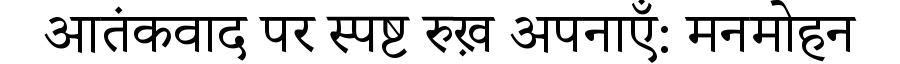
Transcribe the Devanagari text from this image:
आतंकवाद पर स्पष्ट रुख़ अपनाएँ: मनमोहन